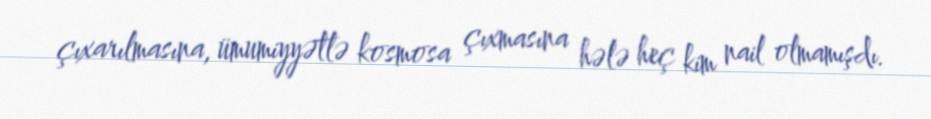
çıxarılmasına, ümumiyyətlə kosmosa çıxmasına hələ heç kim nail olmamışdı.